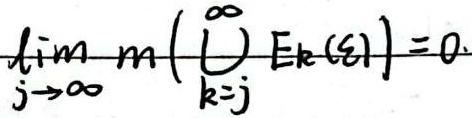
\(\lim_{j \to \infty}m\left(\bigcup_{k = j}^{\infty}E_{k}(\varepsilon)\right)=0\)